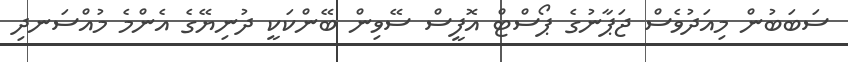
ސަބަބުން މިއަދުވެސް ޖަޕާނުގެ ޕޯސްޓް އޮފީސް ސޭވިން ބޭންކަކީ ދުނިޔޭގެ އެންމެ މުއްސަނދި